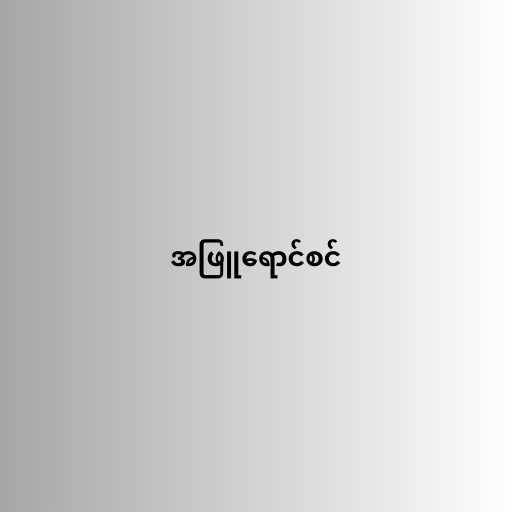
အဖြူရောင်စင်